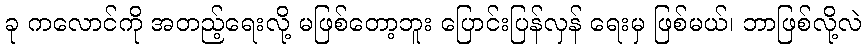
ခု ကလောင်ကို အတည့်ရေးလို့ မဖြစ်တော့ဘူး ပြောင်းပြန်လှန် ရေးမှ ဖြစ်မယ်၊ ဘာဖြစ်လို့လဲ